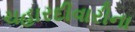
ચહારદીવારીના